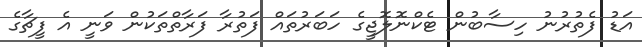
އަޑު ފެތުރުނު ހިސާބުން ޓެކްނޮލޮޖީގެ ހަބަރުތައް ފަތުރާ ފަރާތްތަކުން ވަނީ އެ ފީޗާގެ